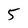
Character: 5